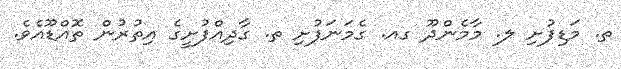
ތ. މަޑިފުށި ލ. މާމެންދޫ ގއ. ގެމަނަފުށި ތ. ގާދިއްފުށީގެ އިތުރުން ތޮއްޑޫއެވެ.